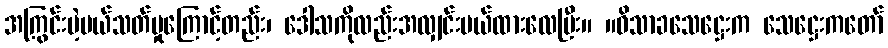
အကြွင်းမဲ့ပယ်သတ်မှုကြောင့်တည်း၊ ဒေါသကိုလည်းအလျှင်းပယ်ထားလေပြီး။ ။ဝိသာခသေဋ္ဌေးက သေဋ္ဌေးကတော်